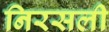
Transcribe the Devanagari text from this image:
निरसली